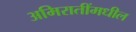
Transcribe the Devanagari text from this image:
अमिरातींमधील